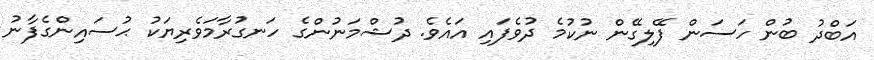
އަބްދު ބުން ހަސަން ފޭލިގޭން ނުކުމެ ދުވެފައި އައެވެ. ދުޝްމަނުންގެ ހަނގުރާމަވެރިޔަކު ޙުސައިންގެފާނު